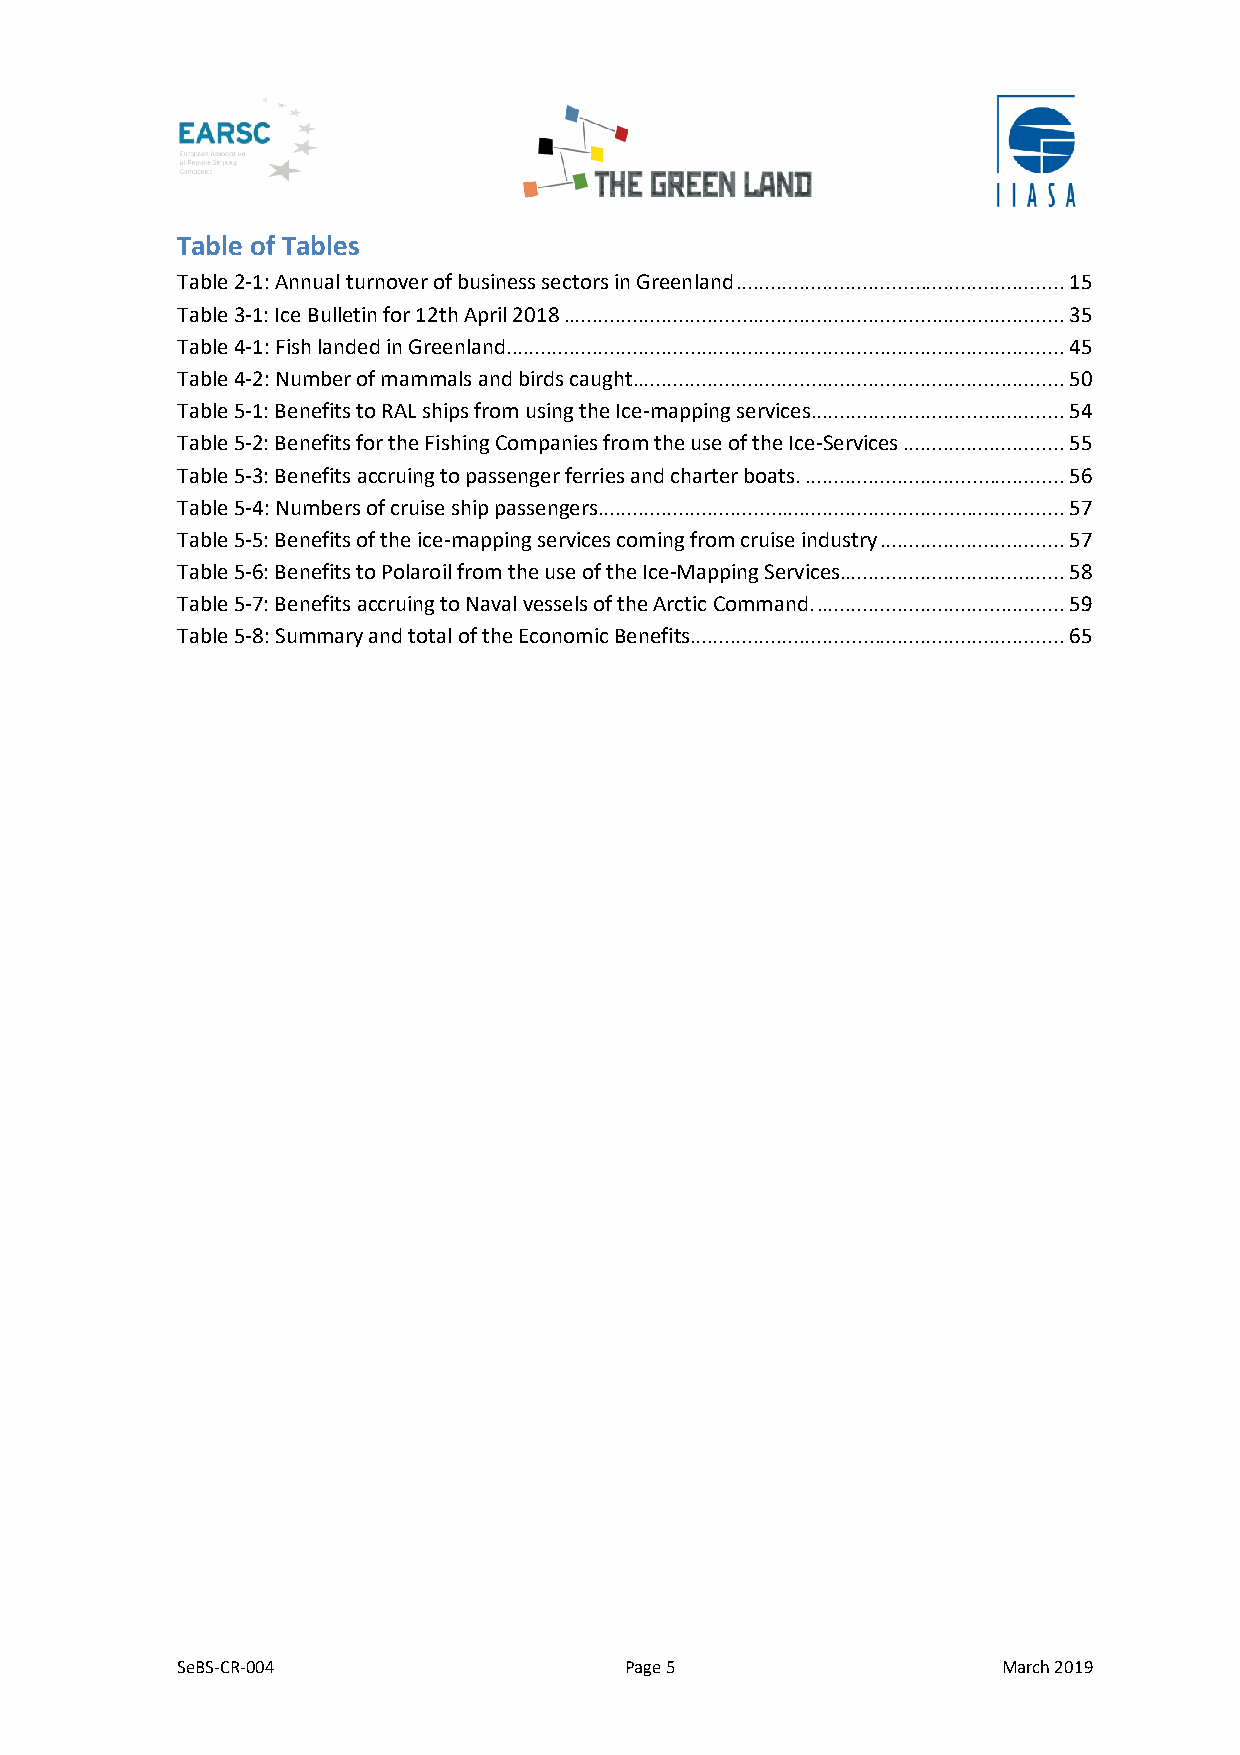
Table of Tables
 Table 2-1: Annual turnover of business sectors in Greenland ......................................................... 15
 Table 3-1: Ice Bulletin for 12th April 2018 ....................................................................................... 35
 Table 4-1: Fish landed in Greenland................................................................................................. 45
 Table 4-2: Number of mammals and birds caught ........................................................................... 50
 Table 5-1: Benefits to RAL ships from using the Ice-mapping services ............................................ 54
 Table 5-2: Benefits for the Fishing Companies from the use of the Ice-Services ............................ 55
 Table 5-3: Benefits accruing to passenger ferries and charter boats. ............................................. 56
 Table 5-4: Numbers of cruise ship passengers ................................................................................. 57
 Table 5-5: Benefits of the ice-mapping services coming from cruise industry ................................ 57
 Table 5-6: Benefits to Polaroil from the use of the Ice-Mapping Services....................................... 58
 Table 5-7: Benefits accruing to Naval vessels of the Arctic Command. ........................................... 59
 Table 5-8: Summary and total of the Economic Benefits................................................................. 65
 SeBS-CR-004                  Page 5                   March 2019